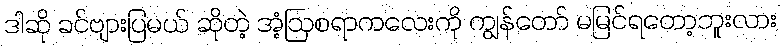
ဒါဆို ခင်ဗျားပြမယ် ဆိုတဲ့ အံ့ဩစရာကလေးကို ကျွန်တော် မမြင်ရတော့ဘူးလား